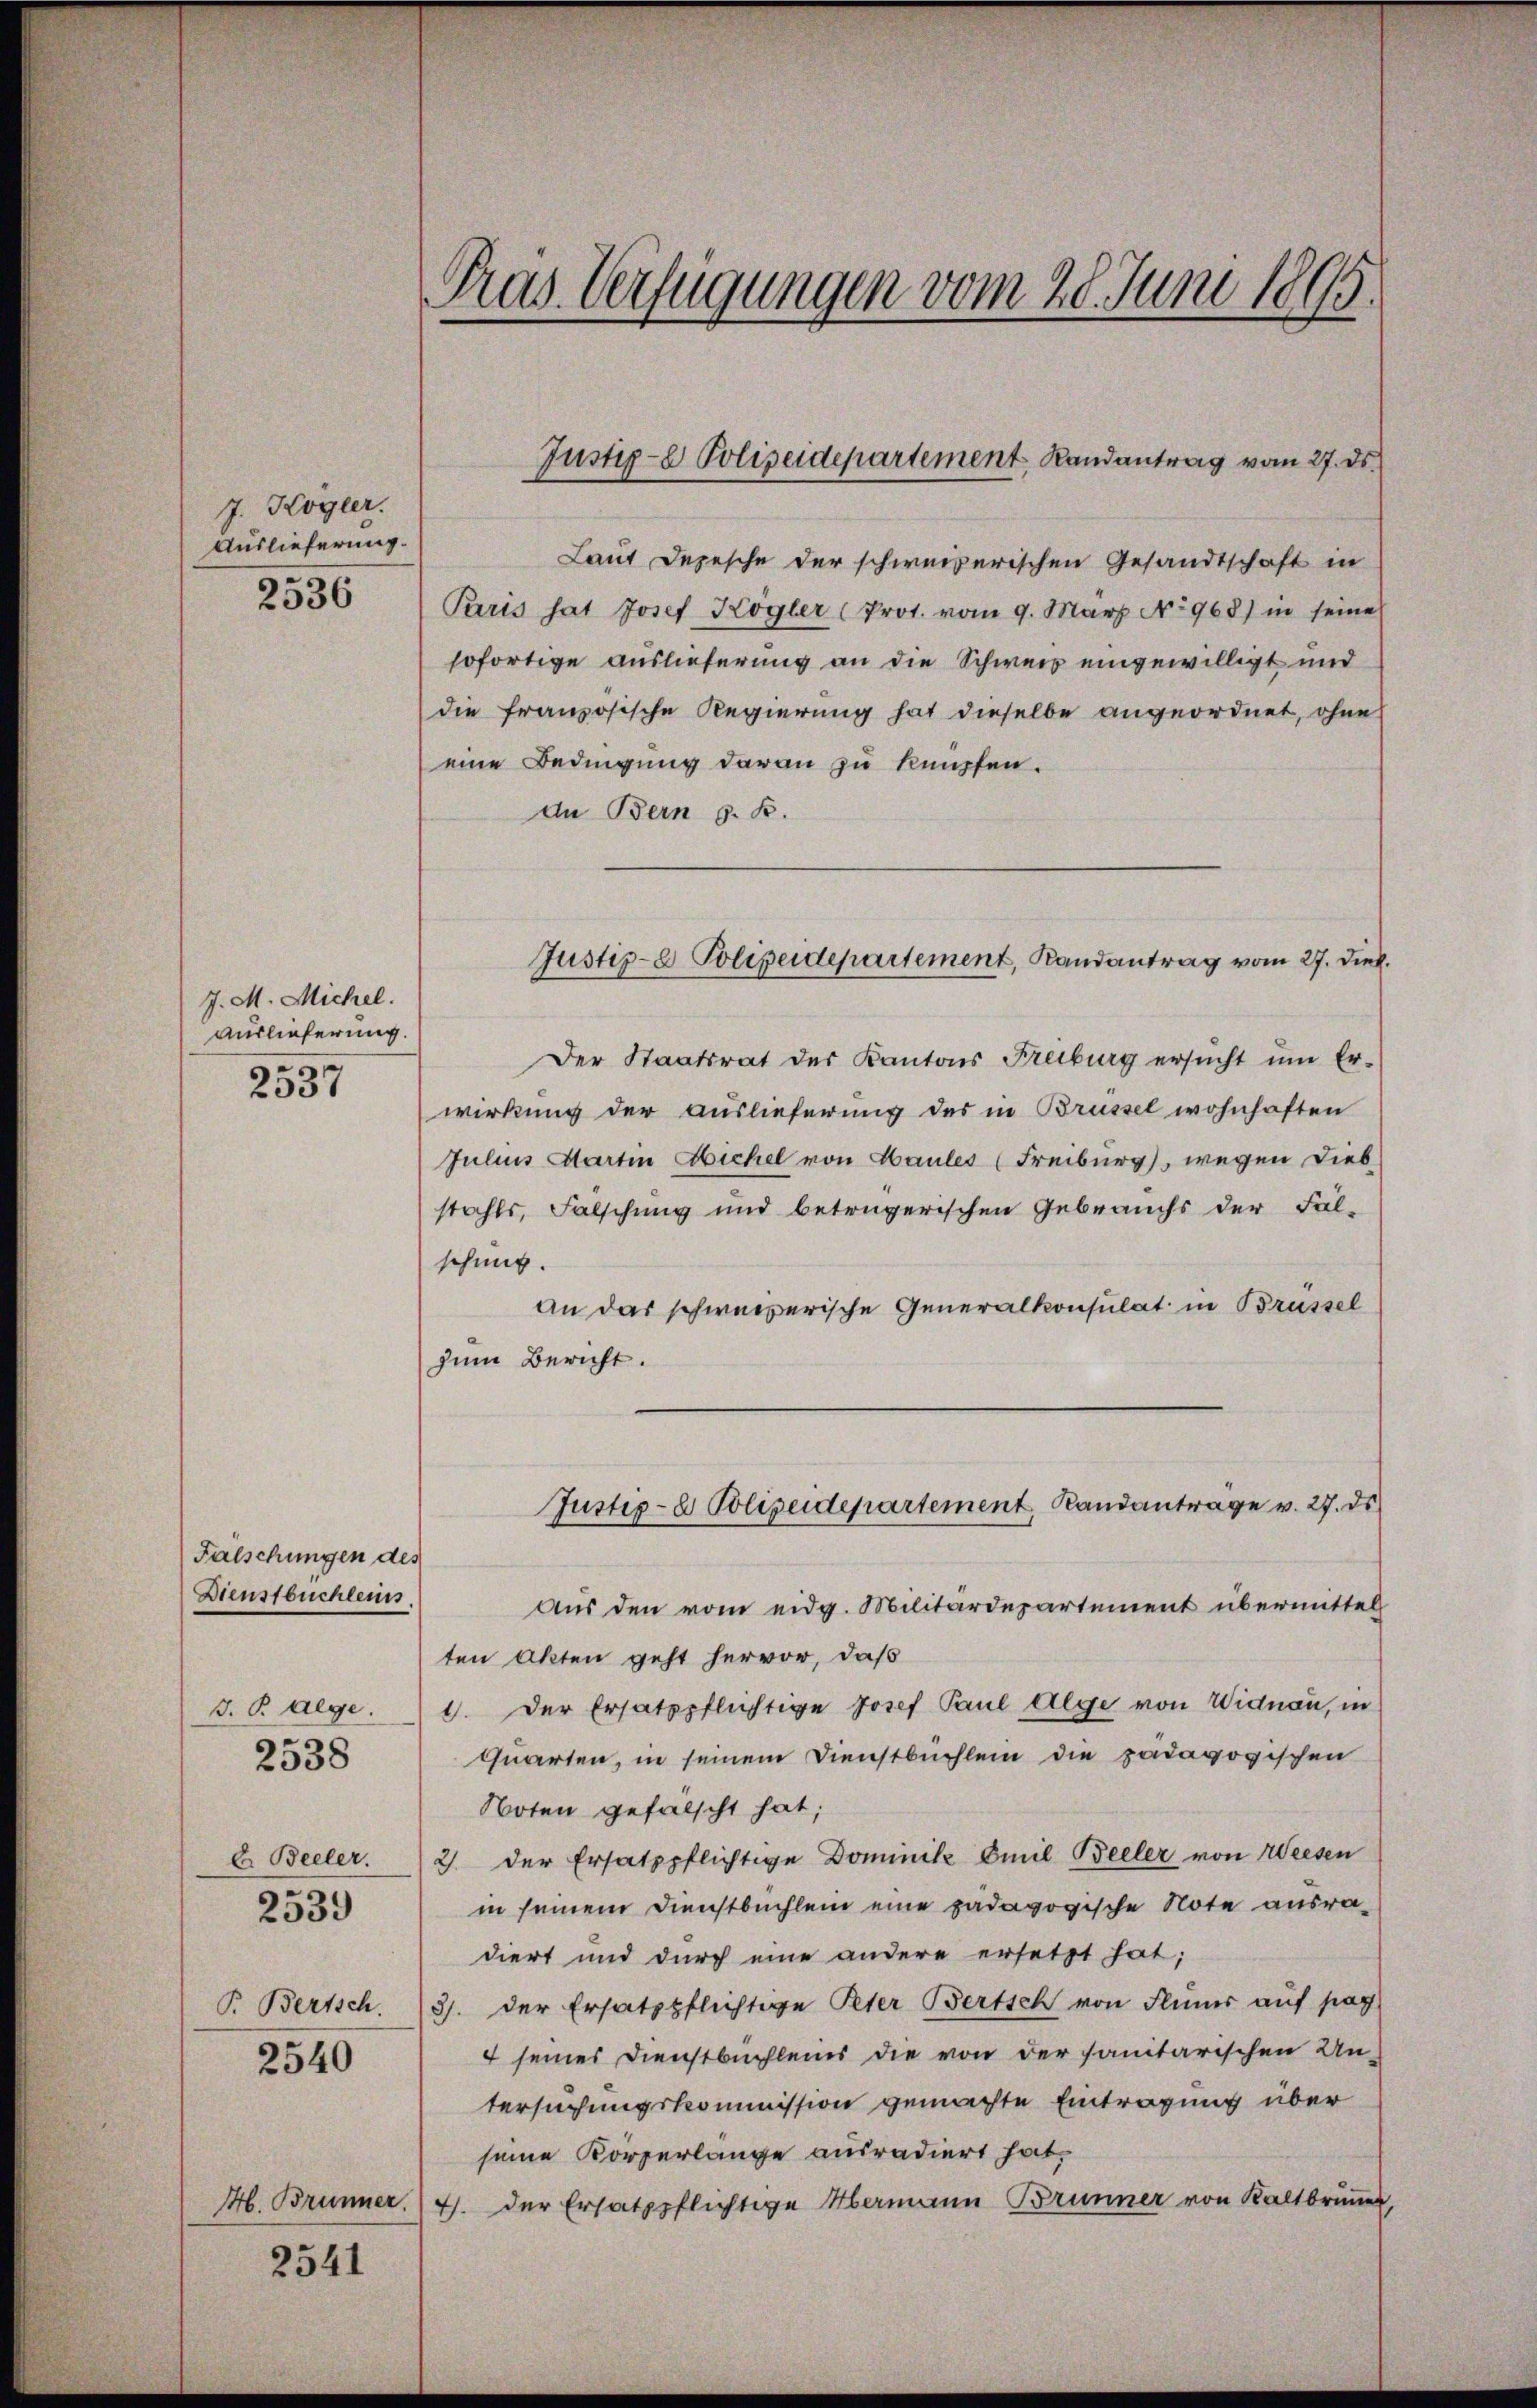
J. Kogler.
Auslieferung.
2536

J. M. Michel.
Auslieferung.
e
2337

Fälschungen des
Dienstbuchlenn.
d. P aege.
E. Beeler.
2539
P. Bertsch
2540

2538

H. Brunner.

2541

Pras Verfügungen vom 28. Juni 1895.

Laut Depesche der schweizerischen Gesandtschaft in
Paris hat Josef Kögler (Prot. vom 9. März No 968) in seine
sofortige Auslieferung an die Schweis eingewilligt und
die französische Regierung hat dieselbe angeordnet, ohne
eine Bedingung daran zu knüpfen.
an Bern G. B.
Der Staatsrat der Kantons Freiburg ersŭcht ŭm Er-
wirkung der Auslieferung des in Brüssel wohnhaften
Julius Martin Sichel von Haules (Freiburg, wegen Dieb
stahls, Fälschung und betrügerischen Gebrauchs der Fal-
schnitt.
an das schweizerische Generalkonsulat in Brüssel
zum Bericht.
Justiz- & Polizeidepartement, Randantrage v. 27. ds.
Aus den vom eidg. Militärdepartement übermittel
ten Akten geht hervor, daß
1. Der Ersatzpflichtige Josef Paul Aege von Widnau, in
Quarten, in seinem Dienstbuchlein die pädagogischen
Noten gefalscht hat;
2) der Ersatzpflichtige Dominik Emil Beeler von Weesen
in seinem Dienstbuchlein eine pädagogische Note ausradiert und durch eine andere ersetzt hat;
3). Der Ersatzpflichtige Peter Bertsch von Flumer auf pag.
4 seines Dienstbuchleins die von der sanitarischen Un-
tersuchungskommission gemachte Eintragung über
seine Körperlange ausradiert hat,
4. der Ersatzpflichtige Marmann Brunner von Kaltbrunner

Justiz- & Polizeidepartement Randantrag vom 27. ds.

Justiz- & Polizeidepartement, Randantrag vom 27. Dieb.